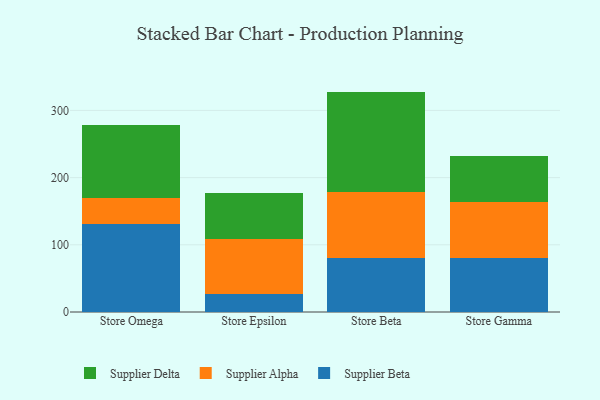
{"axis": {"x": "Store", "y": "Net Income (USD K)"}, "legend": ["Supplier Alpha", "Supplier Beta", "Supplier Delta"], "data": [{"x": "Store Omega", "y": 131.0, "type": "Supplier Beta"}, {"x": "Store Omega", "y": 38.1, "type": "Supplier Alpha"}, {"x": "Store Omega", "y": 109.1, "type": "Supplier Delta"}, {"x": "Store Epsilon", "y": 27.2, "type": "Supplier Beta"}, {"x": "Store Epsilon", "y": 81.5, "type": "Supplier Alpha"}, {"x": "Store Epsilon", "y": 68.2, "type": "Supplier Delta"}, {"x": "Store Beta", "y": 80.6, "type": "Supplier Beta"}, {"x": "Store Beta", "y": 97.8, "type": "Supplier Alpha"}, {"x": "Store Beta", "y": 149.6, "type": "Supplier Delta"}, {"x": "Store Gamma", "y": 80.5, "type": "Supplier Beta"}, {"x": "Store Gamma", "y": 83.3, "type": "Supplier Alpha"}, {"x": "Store Gamma", "y": 69.0, "type": "Supplier Delta"}]}